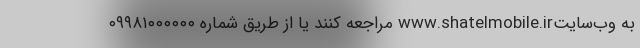
به وب‌سایتwww.shatelmobile.ir مراجعه کنند یا از طریق شماره ۰۹۹۸۱۰۰۰۰۰۰